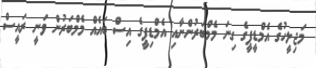
މަޖިލީހުގެ އެމްޑީޕީގެ ގިނަ މެމްބަރުންނާއި އެމްޑިޕީގެ އިސް ބައެއް މެމްބަރުން ވަނީ ރައީސް